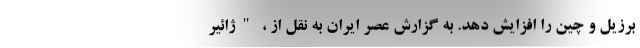
برزیل و چین را افزایش دهد. به گزارش عصر ایران به نقل از ، "ژائیر